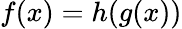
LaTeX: f(x)=h(g(x))